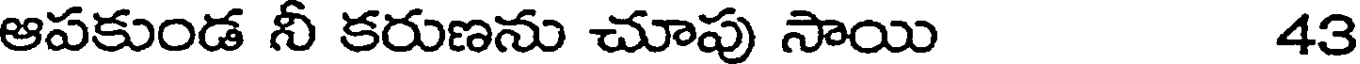
ఆపకుండ నీ కరుణను చూపు సాయి 43